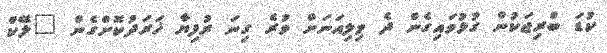
ކުޑަ ބްރިޖަކުން ގުޅުވައިގެން ދެ މިލިއަނަށް ވުރެ ގިނަ ރުފިޔާ ޚަރަދުކޮށްގެން "ލޭކް